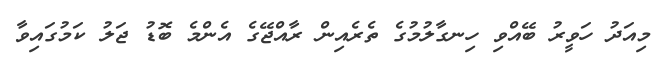
މިއަދު ހަވީރު ބޭއްވި ހިނގާލުމުގެ ތެރެއިން ރާއްޖޭގެ އެންމެ ބޮޑު ޖަލު ކަމުގައިވާ